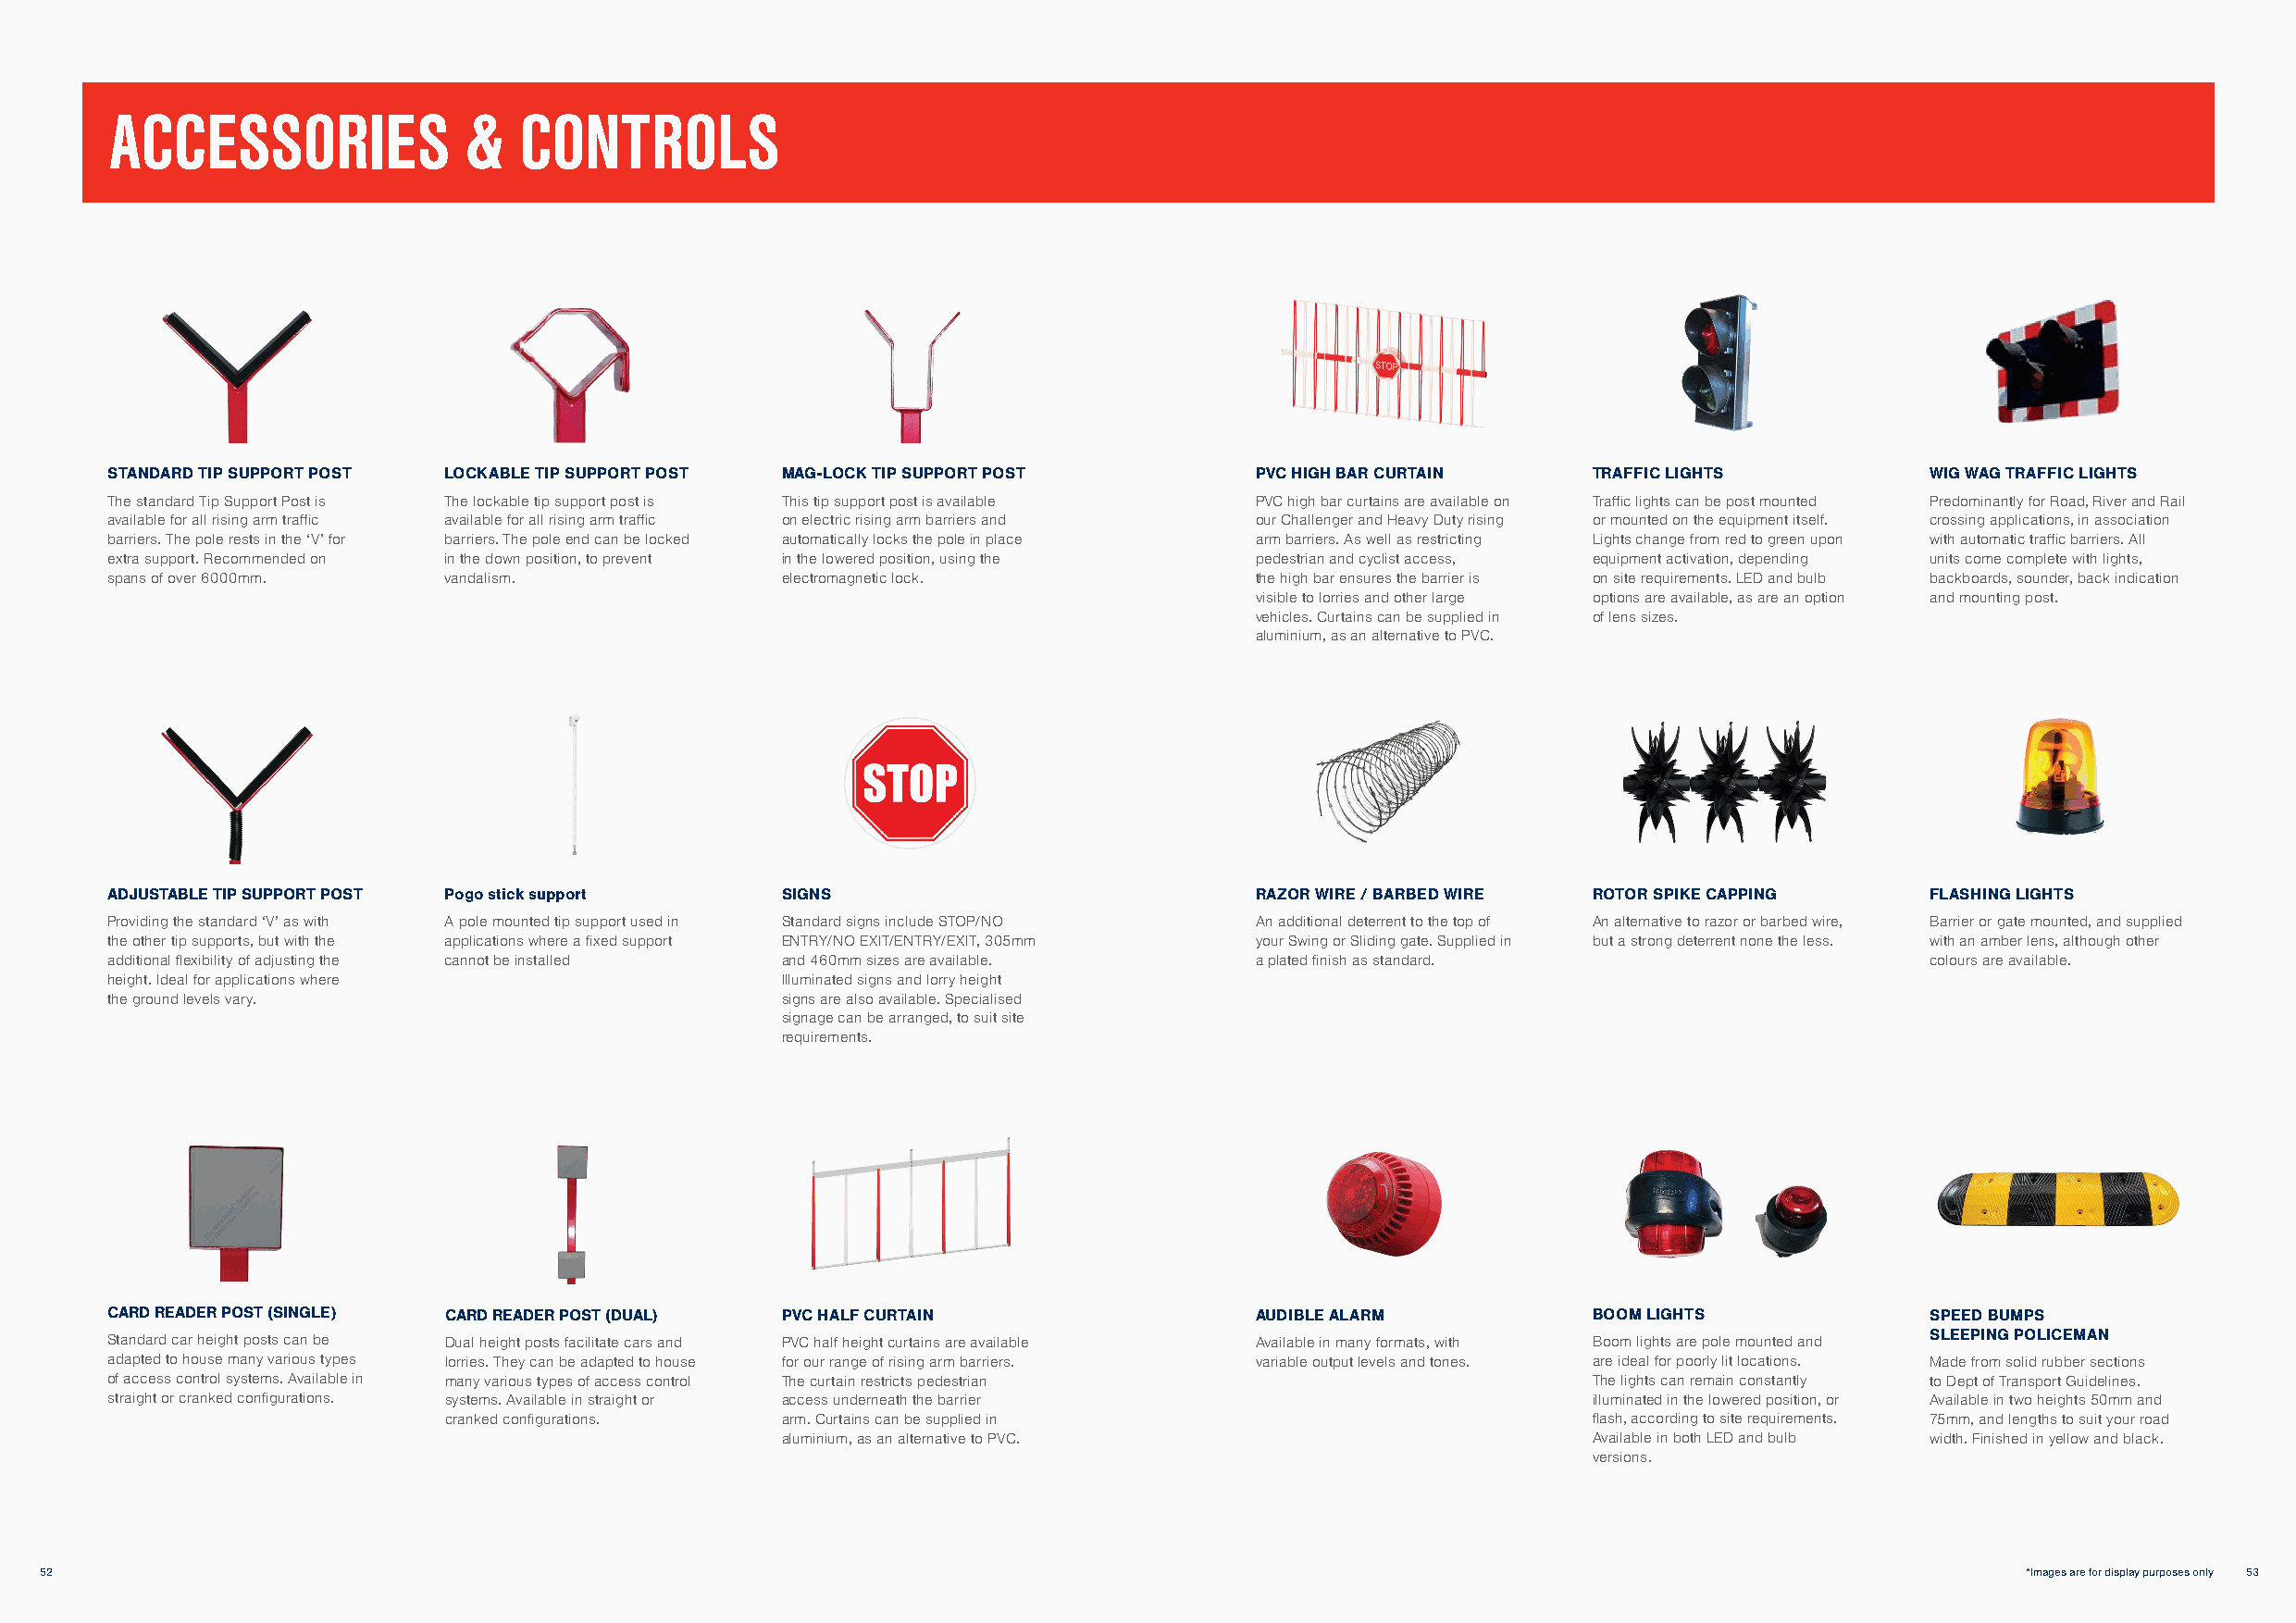
ACCESSORIES              &   CONTROLS
 STANDARD TIP SUPPORT POST LOCKABLE TIP SUPPORT POST MAG-LOCK TIP SUPPORT POST     PVC HIGH BAR CURTAIN    TRAFFIC LIGHTS          WIG WAG TRAFFIC LIGHTS
 The standard Tip Support Post is The lockable tip support post is This tip support post is available PVC high bar curtains are available on Traffic lights can be post mounted Predominantly for Road, River and Rail
 available for all rising arm traffic available for all rising arm traffic on electric rising arm barriers and our Challenger and Heavy Duty rising or mounted on the equipment itself. crossing applications, in association
 barriers. The pole rests in the ‘V’ for barriers. The pole end can be locked automatically locks the pole in place arm barriers. As well as restricting Lights change from red to green upon with automatic traffic barriers. All
 extra support. Recommended on in the down position, to prevent in the lowered position, using the pedestrian and cyclist access, equipment activation, depending units come complete with lights,
 spans of over 6000mm.   vandalism.              electromagnetic lock.             the high bar ensures the barrier is on site requirements. LED and bulb backboards, sounder, back indication
 visible to lorries and other large options are available, as are an option and mounting post.
 vehicles. Curtains can be supplied in of lens sizes.
 aluminium, as an alternative to PVC.
 ADJUSTABLE TIP SUPPORT POST Pogo stick support  SIGNS                             RAZOR WIRE / BARBED WIRE ROTOR SPIKE CAPPING    FLASHING LIGHTS
 Providing the standard ‘V’ as with A pole mounted tip support used in Standard signs include STOP/NO An additional deterrent to the top of An alternative to razor or barbed wire, Barrier or gate mounted, and supplied
 the other tip supports, but with the applications where a fixed support ENTRY/NO EXIT/ENTRY/EXIT, 305mm your Swing or Sliding gate. Supplied in but a strong deterrent none the less. with an amber lens, although other
 additional flexibility of adjusting the cannot be installed and 460mm sizes are available. a plated finish as standard.           colours are available.
 height. Ideal for applications where            Illuminated signs and lorry height
 the ground levels vary.                         signs are also available. Specialised
 signage can be arranged, to suit site
 requirements.
 CARD READER POST (SINGLE) CARD READER POST (DUAL) PVC HALF CURTAIN                AUDIBLE ALARM           BOOM LIGHTS             SPEED BUMPS
 Standard car height posts can be Dual height posts facilitate cars and PVC half height curtains are available Available in many formats, with Boom lights are pole mounted and SLEEPING POLICEMAN
 adapted to house many various types lorries. They can be adapted to house for our range of rising arm barriers. variable output levels and tones. are ideal for poorly lit locations. Made from solid rubber sections
 of access control systems. Available in many various types of access control The curtain restricts pedestrian The lights can remain constantly to Dept of Transport Guidelines.
 straight or cranked configurations. systems. Available in straight or access underneath the barrier       illuminated in the lowered position, or Available in two heights 50mm and
 cranked configurations. arm. Curtains can be supplied in                          flash, according to site requirements. 75mm, and lengths to suit your road
 aluminium, as an alternative to PVC.                      Available in both LED and bulb width. Finished in yellow and black.
 versions.
 52                                                                                                                                            *Images are for display purposes only 53